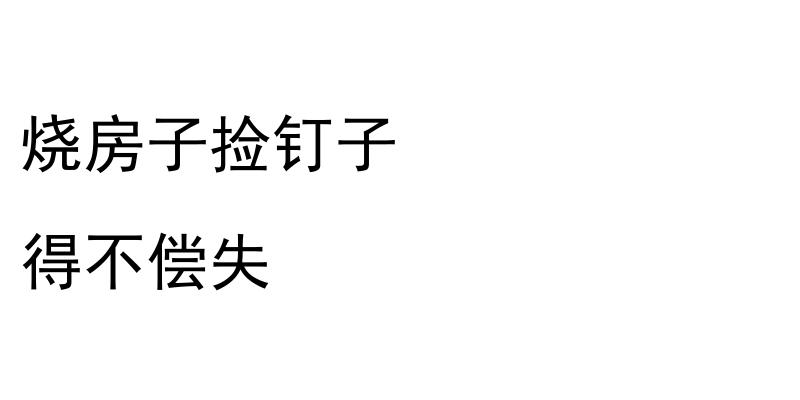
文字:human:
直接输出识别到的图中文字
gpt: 烧房子捡钉子 得不偿失